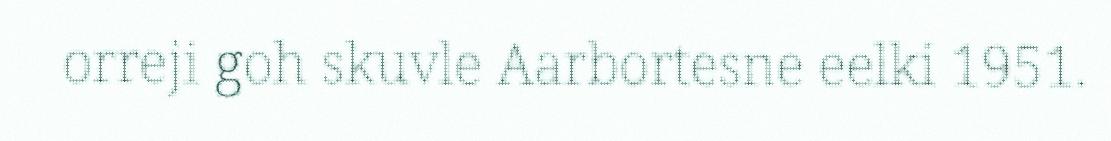
orreji goh skuvle Aarbortesne eelki 1951.